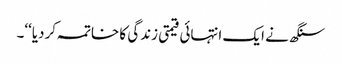
سنگھ نے ایک انتہائی قیمتی زندگی کا خاتمہ کردیا‘‘۔